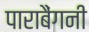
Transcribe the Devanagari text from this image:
पाराबैंगनी